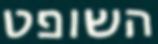
השופט